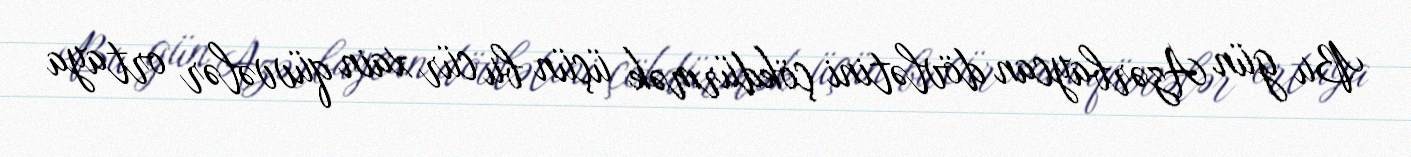
Bu gün Azərbaycan dövlətini çökdürmək üçün bu cür xain qüvvələr ortaya